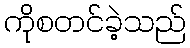
ကိုစတင်ခဲ့သည်